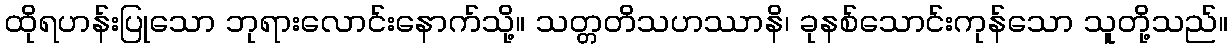
ထိုရဟန်းပြုသော ဘုရားလောင်းနောက်သို့။ သတ္တတိသဟဿာနိ၊ ခုနစ်သောင်းကုန်သော သူတို့သည်။